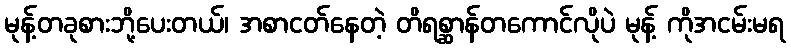
မုန့်တခုစားဘို့ပေးတယ်၊ အစာငတ်နေတဲ့ တိရစ္ဆာန်တကောင်လိုပဲ မုန့် ကိုအငမ်းမရ